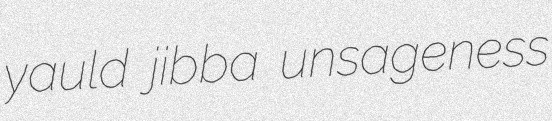
yauld jibba unsageness